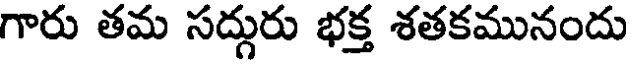
గారు తమ సద్గురు భక్త శతకమునందు